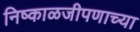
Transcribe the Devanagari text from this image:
निष्काळजीपणाच्या